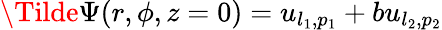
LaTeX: \Tilde{\Psi}(r,\phi,z=0)=u_{l_{1},p_{1}}+bu_{l_{2},p_{2}}